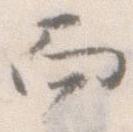
而